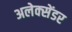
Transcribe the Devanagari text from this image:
अलेक्‍सेंडर